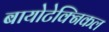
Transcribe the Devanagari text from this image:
बायोटेक्निकल